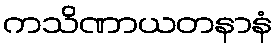
ကသိဏာယတနာနံ